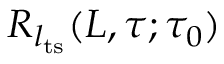
R _ { l _ { \mathrm { t s } } } ( L , \tau ; \tau _ { 0 } )